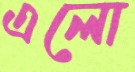
এলো